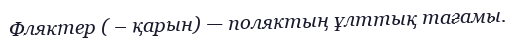
Фляктер ( – қарын) — поляктың ұлттық тағамы.